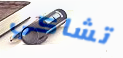
تشاكي